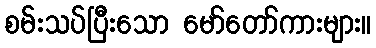
စမ်းသပ်ပြီးသော မော်တော်ကားများ။